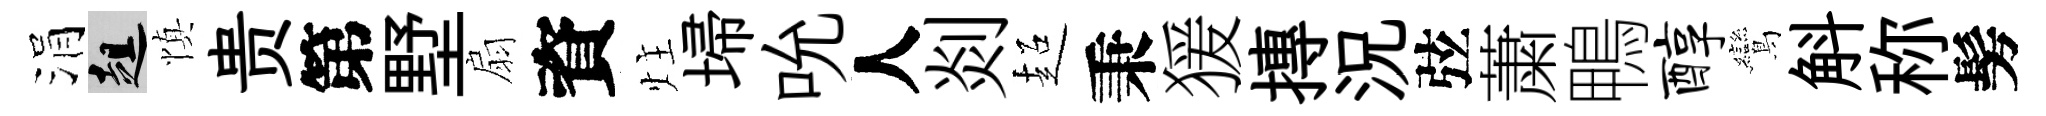
涓趄慎贵第墅扇資炷埽吮人剡超秉猨摶況弦䔥鴨醇鸞斛称髣